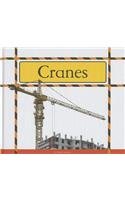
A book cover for Cranes (Big Machines at Work); Marv Alinas; Children's Books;